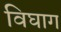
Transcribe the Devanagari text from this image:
विघाग